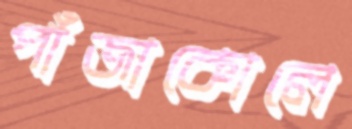
পাঁজাকোলে